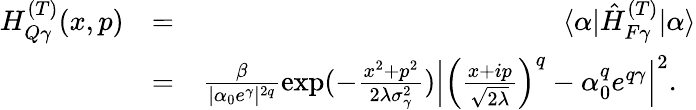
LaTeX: \begin{array}{rlr}{H_{Q\gamma}^{(T)}(x,p)}&{=}&{\langle\alpha|\hat{H}_{F\gamma}^{(T)}|\alpha\rangle}\\ &{=}&{\frac{\beta}{|\alpha_{0}e^{\gamma}|^{2q}}\exp(-\frac{x^{2}+p^{2}}{2\lambda\sigma_{\gamma}^{2}})\Big|\Big(\frac{x+ip}{\sqrt{2\lambda}}\Big)^{q}-\alpha_{0}^{q}e^{q\gamma}\Big|^{2}.\ \ }\end{array}